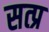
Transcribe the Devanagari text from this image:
सत्प्र